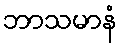
ဘာသမာနံ